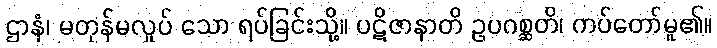
ဌာနံ၊ မတုန်မလှုပ် သော ရပ်ခြင်းသို့။ ပဋိဇာနာတိ ဥပဂစ္ဆတိ၊ ကပ်တော်မူ၏။